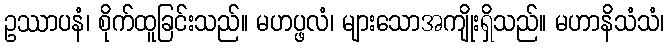
ဥဿာပနံ၊ စိုက်ထူခြင်းသည်။ မဟပ္ဖလံ၊ များသောအကျိုးရှိသည်။ မဟာနိသံသံ၊